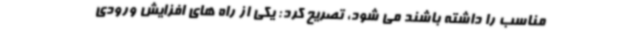
مناسب را داشته باشند می شود، تصریح کرد: یکی از راه های افزایش ورودی